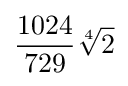
{\frac {1024}{729}}{\sqrt[{4}]{2}}